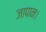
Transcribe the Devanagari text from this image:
जापान।